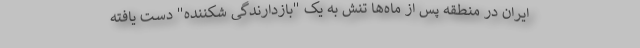
ایران در منطقه پس از ماه‌ها تنش به یک "بازدارندگی شکننده" دست یافته